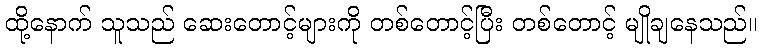
ထို့နောက် သူသည် ဆေးတောင့်များကို တစ်တောင့်ပြီး တစ်တောင့် မျိုချနေသည်။